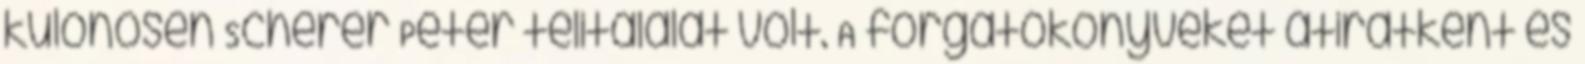
különösen Scherer Péter telitalálat volt. A forgatókönyveket átiratként és